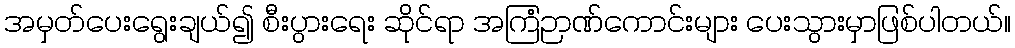
အမှတ်ပေးရွေးချယ်၍ စီးပွားရေး ဆိုင်ရာ အကြံဉာဏ်ကောင်းများ ပေးသွားမှာဖြစ်ပါတယ်။